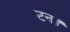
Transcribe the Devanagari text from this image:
टन।